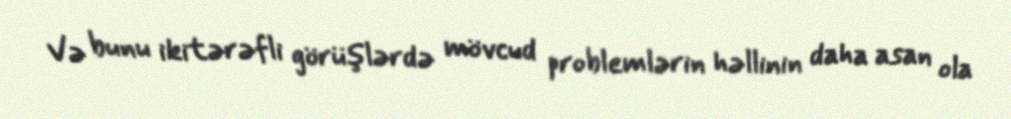
Və bunu ikitərəfli görüşlərdə mövcud problemlərin həllinin daha asan ola